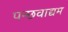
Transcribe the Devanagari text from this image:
पन्छवाद्यम